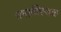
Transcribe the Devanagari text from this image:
समाधिस्‍थळ